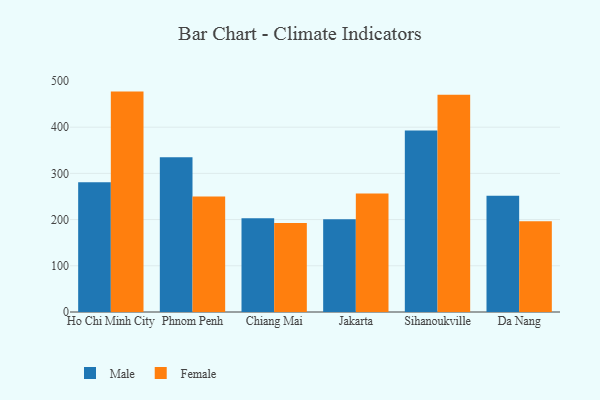
{"axis": {"x": "City", "y": "Backlog"}, "legend": ["Female", "Male"], "data": [{"x": "Ho Chi Minh City", "y": 281.0, "type": "Male"}, {"x": "Ho Chi Minh City", "y": 477.0, "type": "Female"}, {"x": "Phnom Penh", "y": 335.0, "type": "Male"}, {"x": "Phnom Penh", "y": 249.8, "type": "Female"}, {"x": "Chiang Mai", "y": 202.7, "type": "Male"}, {"x": "Chiang Mai", "y": 192.6, "type": "Female"}, {"x": "Jakarta", "y": 200.6, "type": "Male"}, {"x": "Jakarta", "y": 256.7, "type": "Female"}, {"x": "Sihanoukville", "y": 392.9, "type": "Male"}, {"x": "Sihanoukville", "y": 470.2, "type": "Female"}, {"x": "Da Nang", "y": 251.7, "type": "Male"}, {"x": "Da Nang", "y": 196.4, "type": "Female"}]}